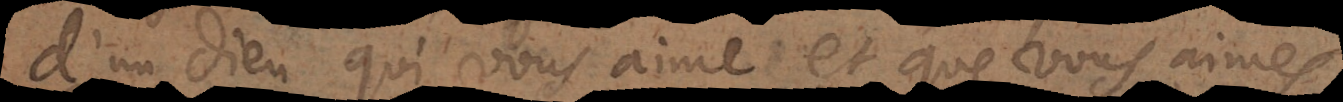
d’un Dieu qui vous aime et que vous aimes´